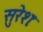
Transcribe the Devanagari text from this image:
सुरेशः